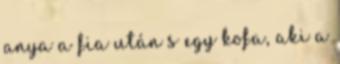
anya a fia után s egy kofa, aki a